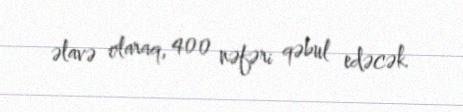
əlavə olaraq, 400 nəfəri qəbul edəcək.